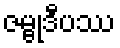
ဇမ္ဗုဒီပဿ